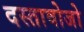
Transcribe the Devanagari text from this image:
दस्तावोजो